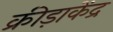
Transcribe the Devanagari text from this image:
क्रीड़ाकेंद्र